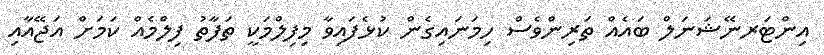
އިންޓަރނޭޝަނަލް ބައެއް ތަރިންވެސް ހިމަނައިގެން ކުޅެފައިވާ މިފިލްމަކީ ތަފާތު ފިލްމެއް ކަމަށް އަޖޭއާއި